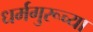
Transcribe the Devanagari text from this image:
धर्मगुरूच्या